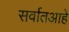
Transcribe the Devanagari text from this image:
सर्वातआहे